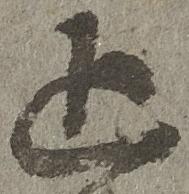
追